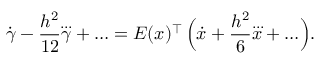
\dot { \gamma } - \frac { h ^ { 2 } } { 1 2 } \dddot \gamma + \ldots = E ( x ) ^ { \top } \, \Bigl ( \dot { x } + \frac { h ^ { 2 } } 6 \dddot x + \ldots \Bigr ) .